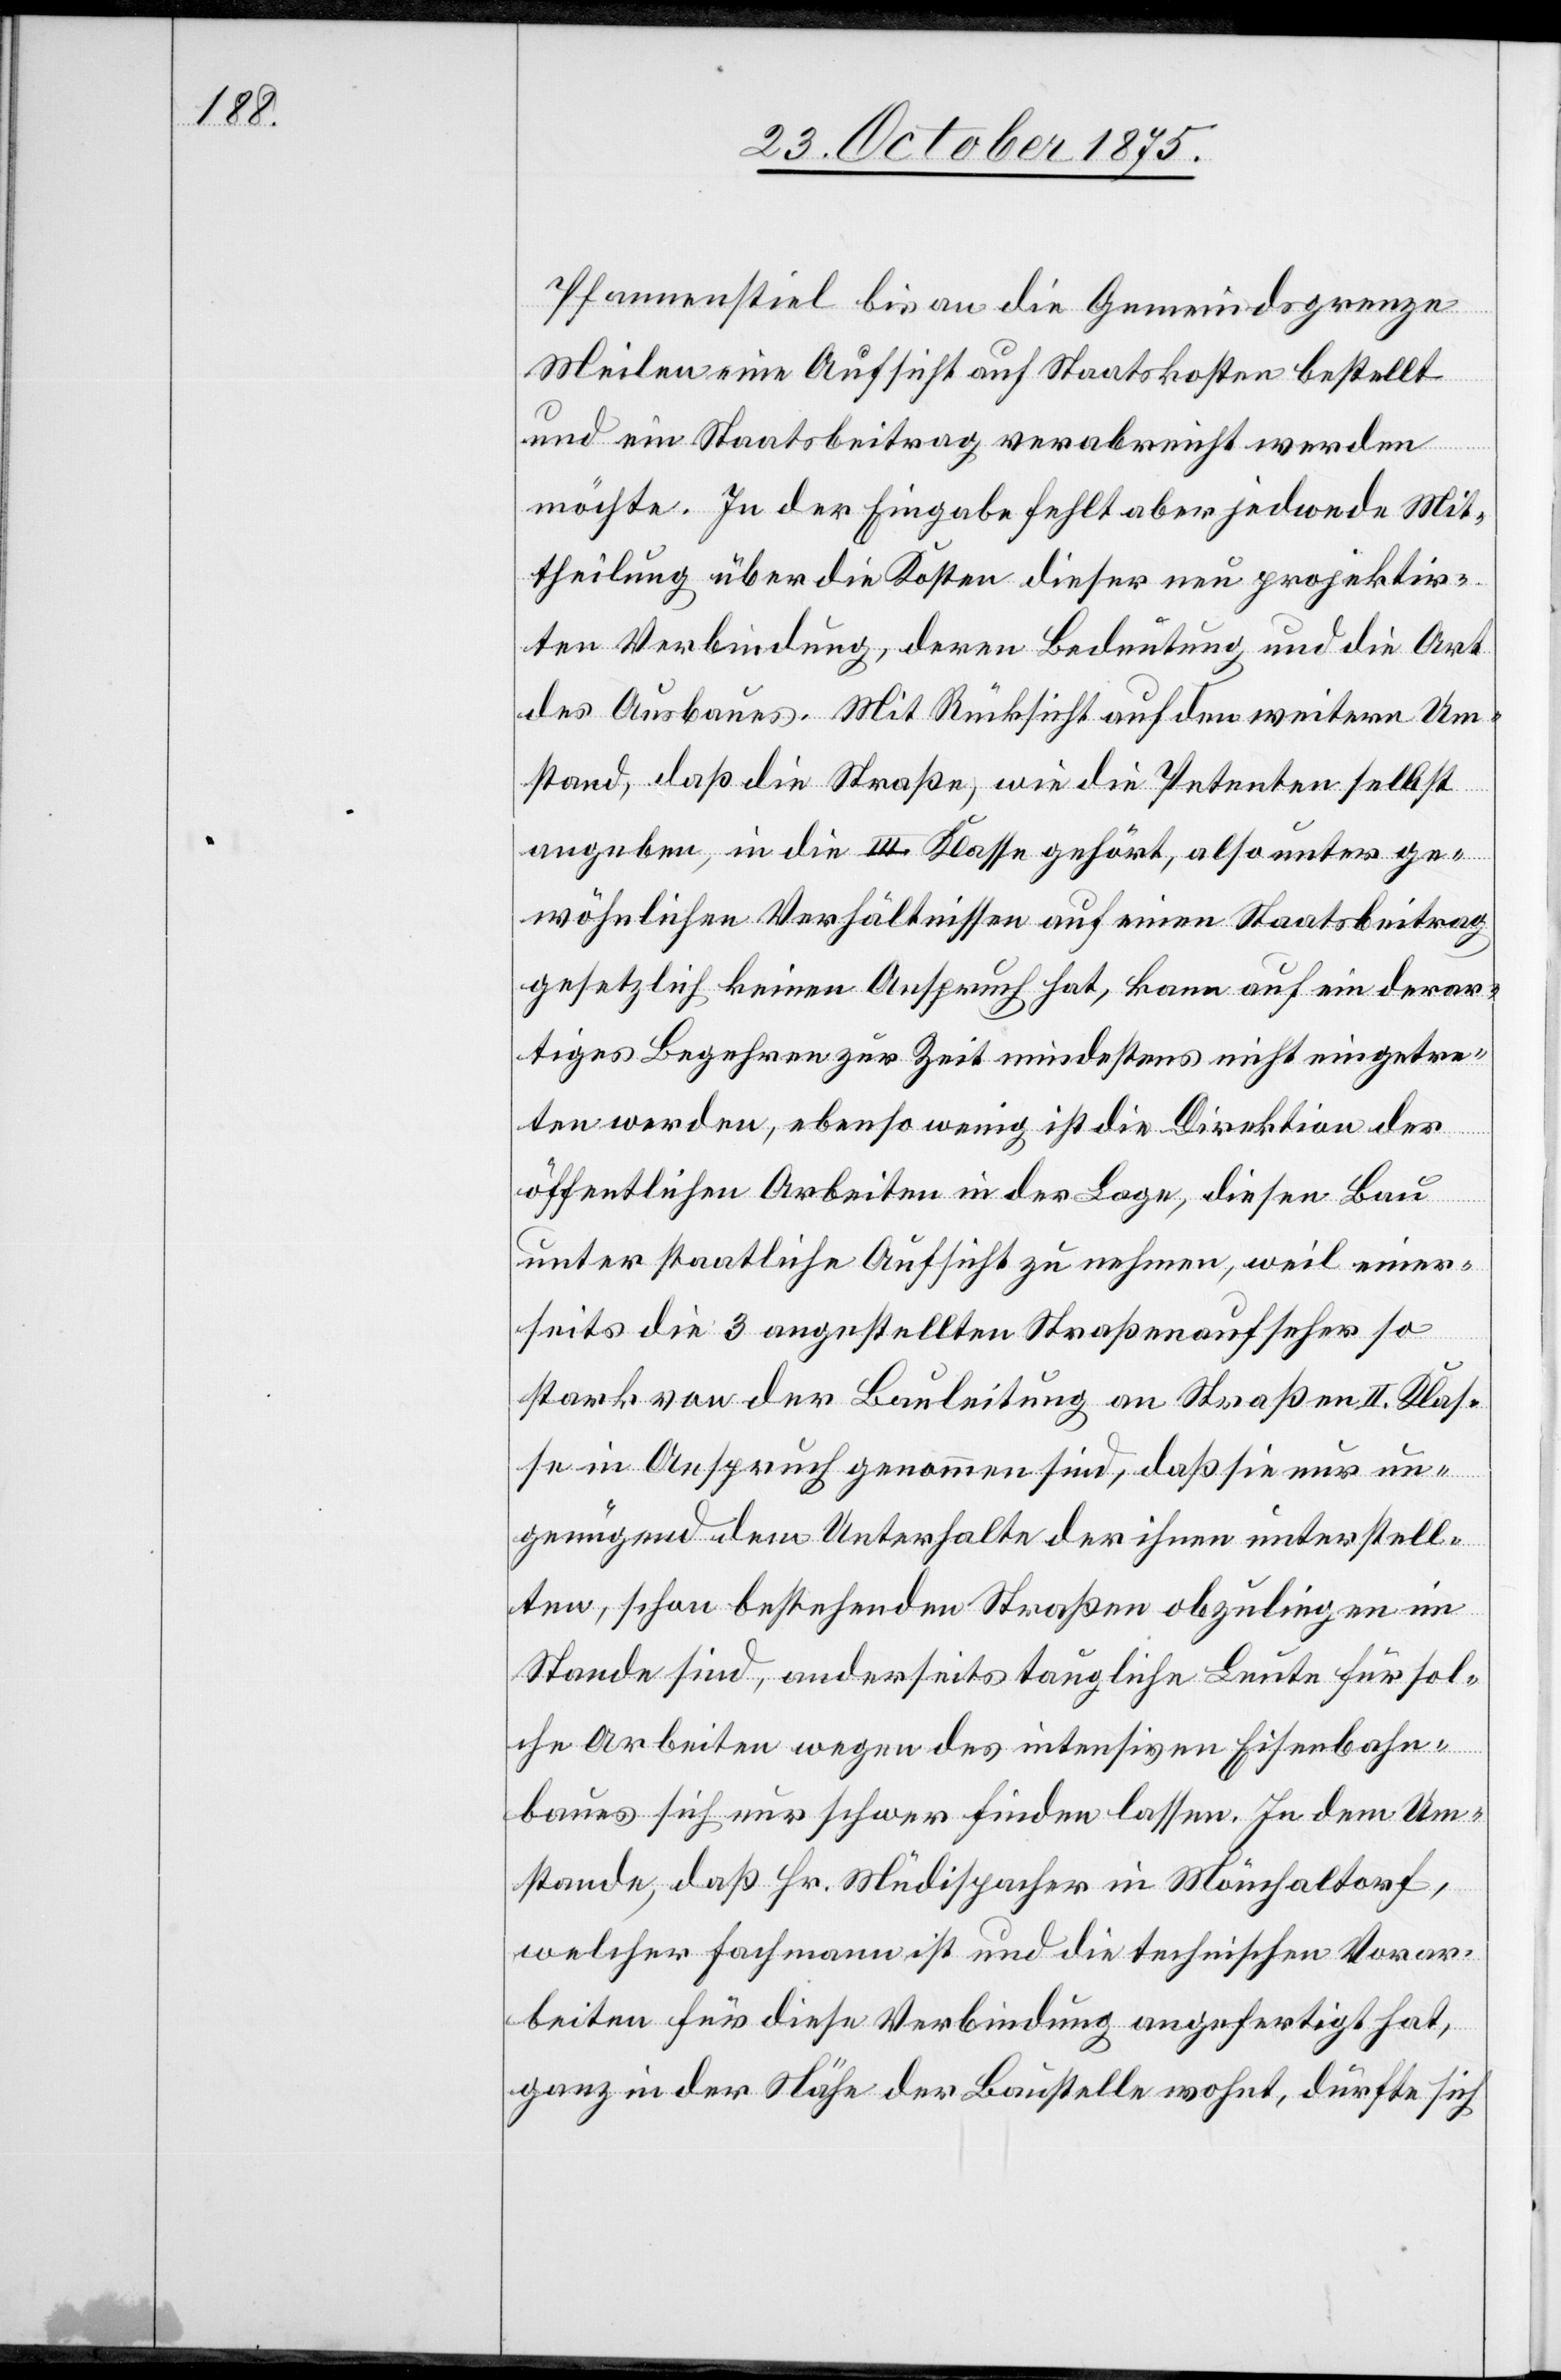
Pfannenstiel bis an die Gemeindsgrenze
Meilen eine Aufsicht auf Staatskosten bestellt
und ein Staatsbeitrag verabreicht werden
möchte. In der Eingabe fehlt aber jedwede Mit¬
theilung über die Kosten dieser neu projektir¬
ten Verbindung, deren Bedeutung und die Art
des Ausbaues. Mit Rücksicht auf den weitern Um¬
stand, daß die Straße, wie die Petenten selbst
angeben, in die III. Klasse gehört, also unter ge¬
wöhnlichen Verhältnissen auf einen Staatsbeitrag
gesetzlich keinen Anspruch hat, kann auf ein derar¬
tiges Begehren zur Zeit mindestens nicht eingetre¬
ten werden, ebenso wenig ist die Direktion der
öffentlichen Arbeiten in der Lage, diesen Bau
unter staatliche Aufsicht zu nehmen, weil einer¬
seits die 3 angestellten Straßenaufseher so
stark von der Bauleitung an Straßen II. Klas¬
se in Anspruch genommen sind, daß sie nur un¬
genügend dem Unterhalte der ihnen unterstell¬
ten, schon bestehenden Straßen obzuliegen im
Stande sind, anderseits taugliche Leute für sol¬
che Arbeiten wegen des intensiven Eisenbahn¬
baues sich nur schwer finden lassen. In dem Um¬
stande, daß Hr. Müdispacher in Mönchaltorf,
welcher Fachmann ist und die technischen Vorar¬
beiten für diese Verbindung angefertigt hat,
ganz in der Nähe der Baustelle wohnt, dürfte sich